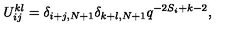
U _ { i j } ^ { k l } = \delta _ { i + j , N + 1 } \delta _ { k + l , N + 1 } q ^ { - 2 S _ { i } + k - 2 } ,